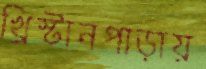
খ্রিস্টানপাড়ায়